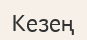
Кезең